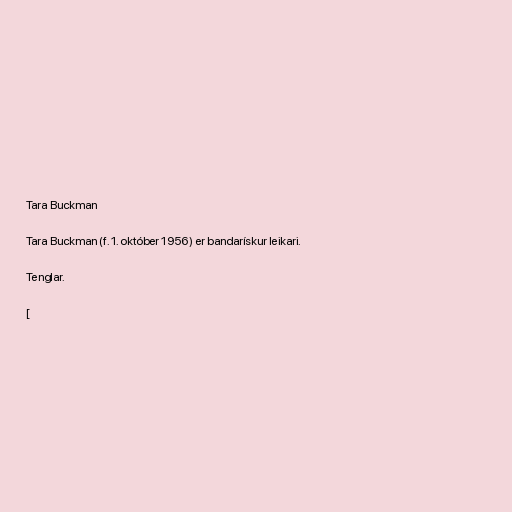
Tara Buckman

Tara Buckman (f. 1. október 1956) er bandarískur leikari.

Tenglar.

[